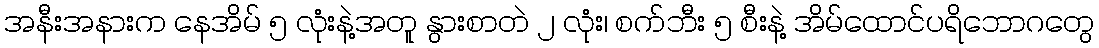
အနီးအနားက နေအိမ် ၅ လုံးနဲ့အတူ နွားစာတဲ ၂ လုံး၊ စက်ဘီး ၅ စီးနဲ့ အိမ်ထောင်ပရိဘောဂတွေ